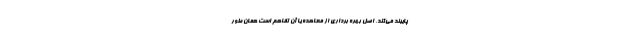
پایبند می‌کند، اصل بهره برداری از معاهده یا آن تفاهم است همان طور